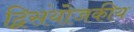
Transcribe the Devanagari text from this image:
द्विसंयोजकीय